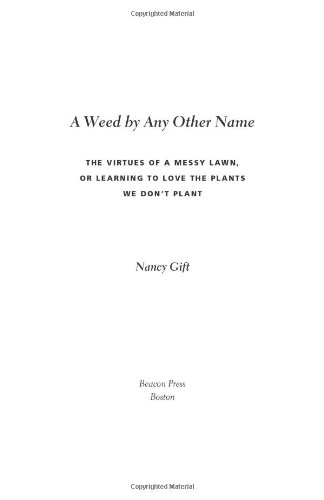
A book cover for A Weed by Any Other Name: The Virtues of a Messy Lawn, or Learning to Love the Plants We Don't Plant; Nancy Gift; Crafts, Hobbies & Home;